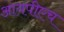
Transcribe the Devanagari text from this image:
आयपीएच